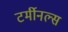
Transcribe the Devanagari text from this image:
टर्मीनल्स